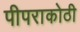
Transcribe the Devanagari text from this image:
पीपराकोठी